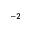
^ { - 2 }